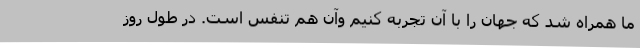
ما همراه شد که جهان را با آن تجربه کنیم وآن هم تنفس است. در طول روز